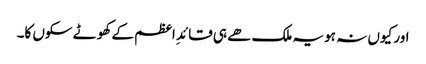
اور کیوں نہ ہو یہ ملک ھے ہی قائدِ اعظم کے کھوٹے سکوں کا۔